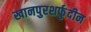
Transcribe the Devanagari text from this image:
खानपुरशर्फुदीन